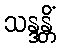
သန္ဒန္တိံ